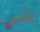
شي